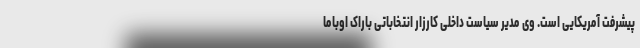
پیشرفت آمریکایی است. وی مدیر سیاست داخلی کارزار انتخاباتی باراک اوباما